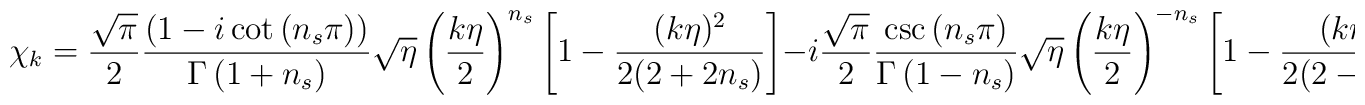
\chi_k =\frac{\sqrt{\pi }}{2}\frac{ \left( 1-i\cot \left( n_s\pi \right)\right)}{\Gamma\left( 1+n_s\right)}\sqrt{\eta }\left( \frac{k\eta }{2}\right)^{n_s} \left[ 1-\frac{(k\eta )^2}{2(2+2n_s)}\right]   -i\frac{\sqrt{\pi }}{2}\frac{ \csc \left( n_s\pi \right)}{\Gamma\left( 1-n_s\right)}\sqrt{\eta }\left( \frac{k\eta }2\right)^{-n_s} \left[ 1-\frac{(k\eta )^2}{2(2-2n_s)}\right],